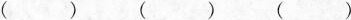
()()()